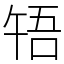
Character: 啎